Annual report of the Punjab Veterinary College and of the Civil Veterinary Department, Punjab - 1920-1925
Year: 1920
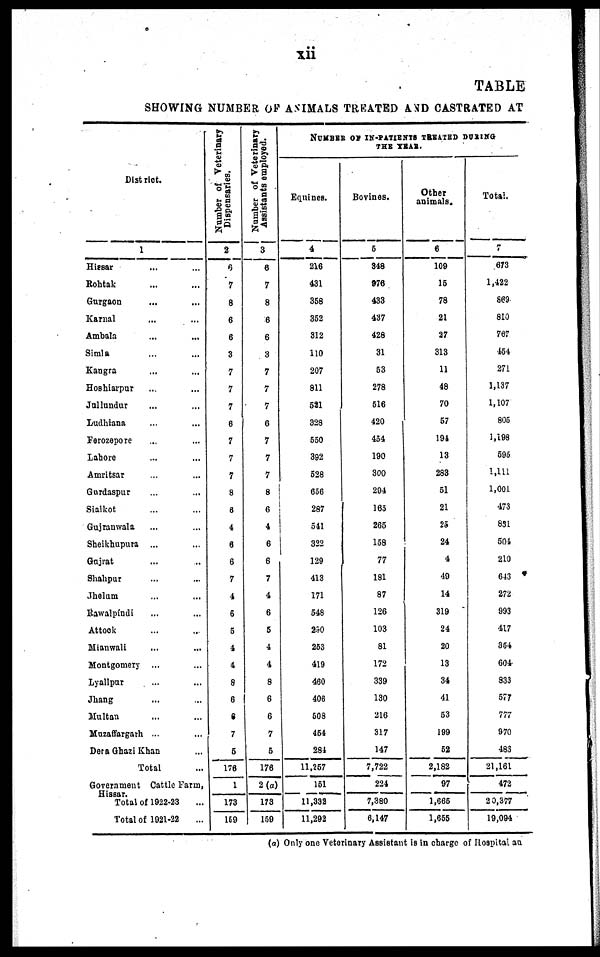
xii
TABLE
SHOWING NUMBER OF ANIMALS TREATED AND CASTRATED AT
District.
1
Hissar ... ...
Rohtak ... ...
Gurgaon ... ...
Karnal ... ...
Ambala ... ...
Simla ... ...
Kangra ... ...
Hoshiarpur ... ...
Jullundur ... ...
Ludhiana ... ...
Ferozepore ... ...
Lahore ... ...
Amritsar ... ...
Gurdaspur ... ...
Sialkot ... ...
Gujranwala ... ...
Sheikhupura ... ...
Gujrat ... ...
Shahpur ... ...
Jhelum ... ...
Rawalpíndi ... ...
Attock ... ...
Mianwali ... ...
Montgomery ...
Lyallpur ... ...
Jhang ... ...
Multan ... ..
Muzaffargarh ... ...
Dera Ghazi Khan ...
Total ...
Government Cattle Farm,
Hissar.
Total of 1922-23 ...
Total of 1921-22 ...
Number of Veterinary
Dispensaries.
2
8
7
8
6
6
3
7
7
7
6
7
7
7
8
8
4
6
6
7
4
6
5
4
4
8
6
6
7
5
178
1
173
1S9
Number of Veterinary
Assistants employed.
3
6
7
8
6
6
3
7
7
7
6
7
7
7
8
6
4
6
6
7
4
6
5
4
4
8
6
6
7
5
176
2(a)
173
159
NUMBER OF IN-PATIENTS TREATED DURING
Equines.
4
216
431
358
352
312
110
207
811
521
328
550
392
528
656
287
541
322
129
413
171
548
290
253
419
460
406
508
454
284
11,257
151
11,332
11,292
THE YEAR.
Bovines.
5
348
976
433
437
428
31
53
278
516
420
454
190
300
294
165
265
158
77
181
87
126
103
81
172
339
130
216
317
147
7,722
224
7,380
6,147
Other
animals.
6
109
15
78
21
27
313
11
48
70
57
194
13
283
51
21
25
24
4
49
14
319
24
20
13
34
41
53
199
52
2,182
97
1,665
1,655
Total.
7
673
1,422
S69
810
767
454
271
1,137
1,107
805
1,198
595
1,111
1,001
473
831
504
210
643
272
993
417
354
604
833
577
777
970
483
21,161
472
20,377
19,094
(a) Only one Veterinary Assistant is in charge of Hospital an